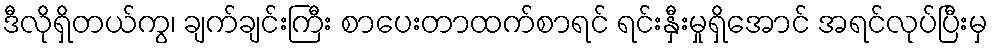
ဒီလိုရှိတယ်ကွ၊ ချက်ချင်းကြီး စာပေးတာထက်စာရင် ရင်းနှီးမှုရှိအောင် အရင်လုပ်ပြီးမှ